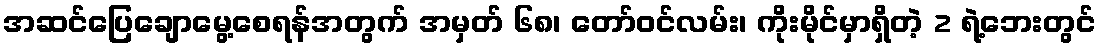
အဆင်ပြေချောမွေ့စေရန်အတွက် အမှတ် ၆၈၊ တော်ဝင်လမ်း၊ ကိုးမိုင်မှာရှိတဲ့ 2 ရဲ့ဘေးတွင်